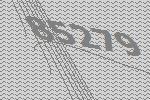
85279